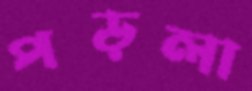
পড়লা